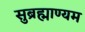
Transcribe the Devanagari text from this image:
सुब्रह्माण्यम